Indian journal of veterinary science and animal husbandry - Volumes 15-17, 1948-1951
Year: 1948
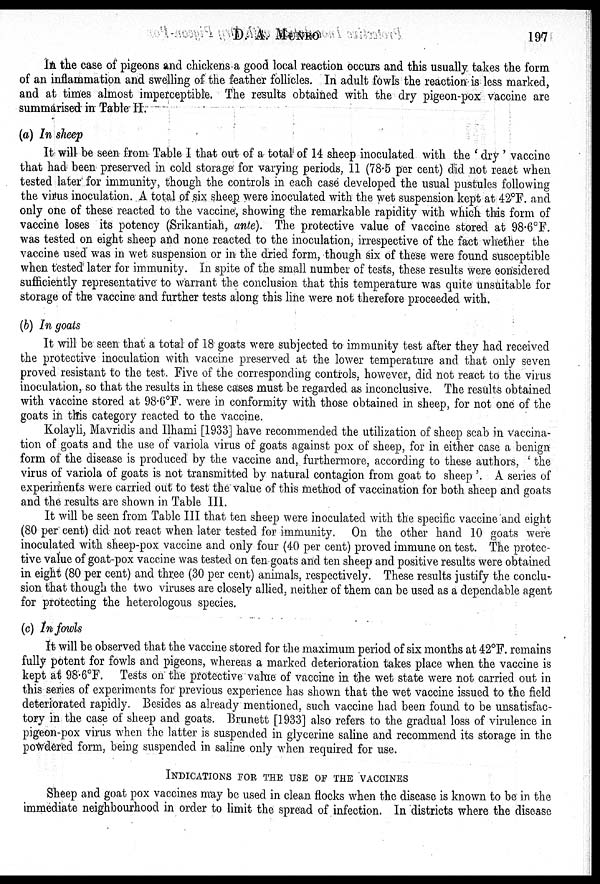
D. A. MUNRO
197
In the case of pigeons and chickens a good local reaction occurs and this usually takes the form
of an inflammation and swelling of the feather follicles. In adult fowls the reaction is less marked,
and at times almost imperceptible. The results obtained with the dry pigeon-pox vaccine are
summarised in Table II.
(a) In sheep
It will be seen from Table I that out of a total of 14 sheep inoculated with the 'dry' vaccine
that had been preserved in cold storage for varying periods, 11 (78.5 per cent) did not react when
tested later for immunity, though the controls in each case developed the usual pustules following
the virus inoculation. A total of six sheep were inoculated with the wet suspension kept at 42ºF. and
only one of these reacted to the vaccine, showing the remarkable rapidity with which this form of
vaccine loses its potency (Srikantiah, ante). The protective value of vaccine stored at 98.6ºF.
was tested on eight sheep and none reacted to the inoculation, irrespective of the fact whether the
vaccine used was in wet suspension or in the dried form, though six of these were found susceptible
when tested later for immunity. In spite of the small number of tests, these results were considered
sufficiently representative to warrant the conclusion that this temperature was quite unsuitable for
storage of the vaccine and further tests along this line were not therefore proceeded with.
(b) In goats
It will be seen that a total of 18 goats were subjected to immunity test after they had received
the protective inoculation with vaccine preserved at the lower temperature and that only seven
proved resistant to the test. Five of the corresponding controls, however, did not react to the virus
inoculation, so that the results in these cases must be regarded as inconclusive. The results obtained
with vaccine stored at 98.6ºF. were in conformity with those obtained in sheep, for not one of the
goats in this category reacted to the vaccine.
Kolayli, Mavridis and Ilhami [1933] have recommended the utilization of sheep scab in vaccina-
tion of goats and the use of variola virus of goats against pox of sheep, for in either case a benign
form of the disease is produced by the vaccine and, furthermore, according to these authors, ' the
virus of variola of goats is not transmitted by natural contagion from goat to sheep'. A series of
experiments were carried out to test the value of this method of vaccination for both sheep and goats
and the results are shown in Table III.
It will be seen from Table III that ten sheep were inoculated with the specific vaccine and eight
(80 per cent) did not react when later tested for immunity. On the other hand 10 goats were
inoculated with sheep-pox vaccine and only four (40 per cent) proved immune on test. The protec-
tive value of goat-pox vaccine was tested on ten goats and ten sheep and positive results were obtained
in eight (80 per cent) and three (30 per cent) animals, respectively. These results justify the conclu-
sion that though the two viruses are closely allied, neither of them can be used as a dependable agent
for protecting the heterologous species.
(c) In fowls
It will be observed that the vaccine stored for the maximum period of six months at 42ºF. remains
fully potent for fowls and pigeons, whereas a marked deterioration takes place when the vaccine is
kept at 98.6ºF. Tests on the protective value of vaccine in the wet state were not carried out in
this series of experiments for previous experience has shown that the wet vaccine issued to the field
deteriorated rapidly. Besides as already mentioned, such vaccine had been found to be unsatisfac-
tory in the case of sheep and goats. Brunett [1933] also refers to the gradual loss of virulence in
pigeon-pox virus when the latter is suspended in glycerine saline and recommend its storage in the
powdered form, being suspended in saline only when required for use.
INDICATIONS FOR THE USE OF THE VACCINES
Sheep and goat pox vaccines may be used in clean flocks when the disease is known to be in the
immediate neighbourhood in order to limit the spread of infection. In districts where the disease